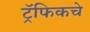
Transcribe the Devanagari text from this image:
ट्रॅफिकचे